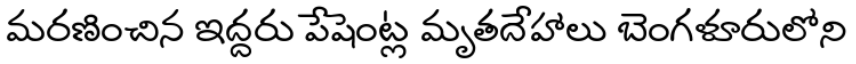
మరణించిన ఇద్దరు పేషెంట్ల మృతదేహాలు బెంగళూరులోని